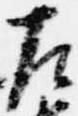
左